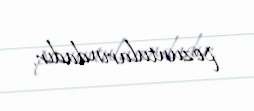
pozuntularındadır.